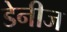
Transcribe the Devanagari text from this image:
डेनीज